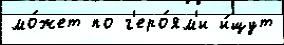
мо́жет по г'еро́ям'и и́щут